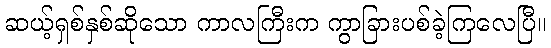
ဆယ့်ရှစ်နှစ်ဆိုသော ကာလကြီးက ကွာခြားပစ်ခဲ့ကြလေပြီ။